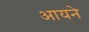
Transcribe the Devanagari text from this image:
आयने